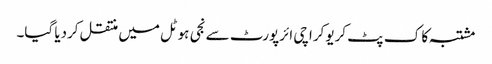
مشتبہ کا ک پٹ کریو کراچی ائرپورٹ سے نجی ہوٹل میں منتقل کردیا گیا۔